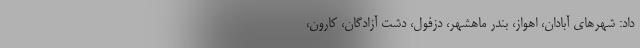
داد: شهرهای آبادان، اهواز، بندر ماهشهر، دزفول، دشت آزادگان، کارون،